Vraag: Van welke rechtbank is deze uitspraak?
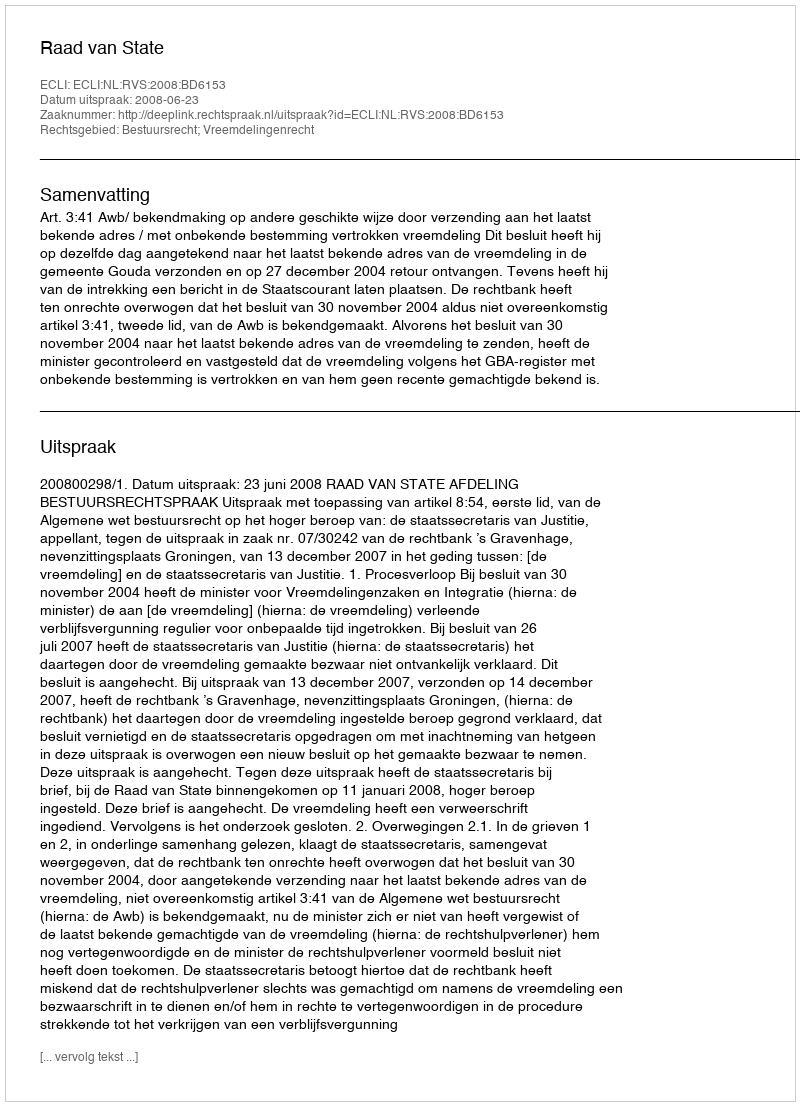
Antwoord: Raad van State